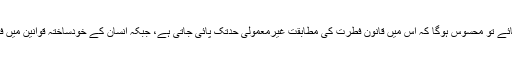
شریعتِ اسلامی کے جس حکم کو بھی حقیقت پسندی کے ساتھ دیکھا جائے تو محسوس ہوگا کہ اس میں قانونِ فطرت کی مطابقت غیرمعمولی حدتک پائی جاتی ہے، جبکہ انسان کے خودساختہ قوانین میں فطرت سے بغاوت اور خواہشات کے غلبہ کا رجحان ہرجگہ نمایاں ہے۔